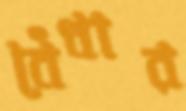
বেঁধার